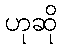
ဟုဆို